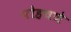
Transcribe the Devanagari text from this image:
पोहचणे